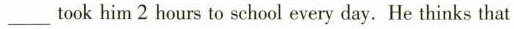
___ took him 2 hours to school every day. He thinks that